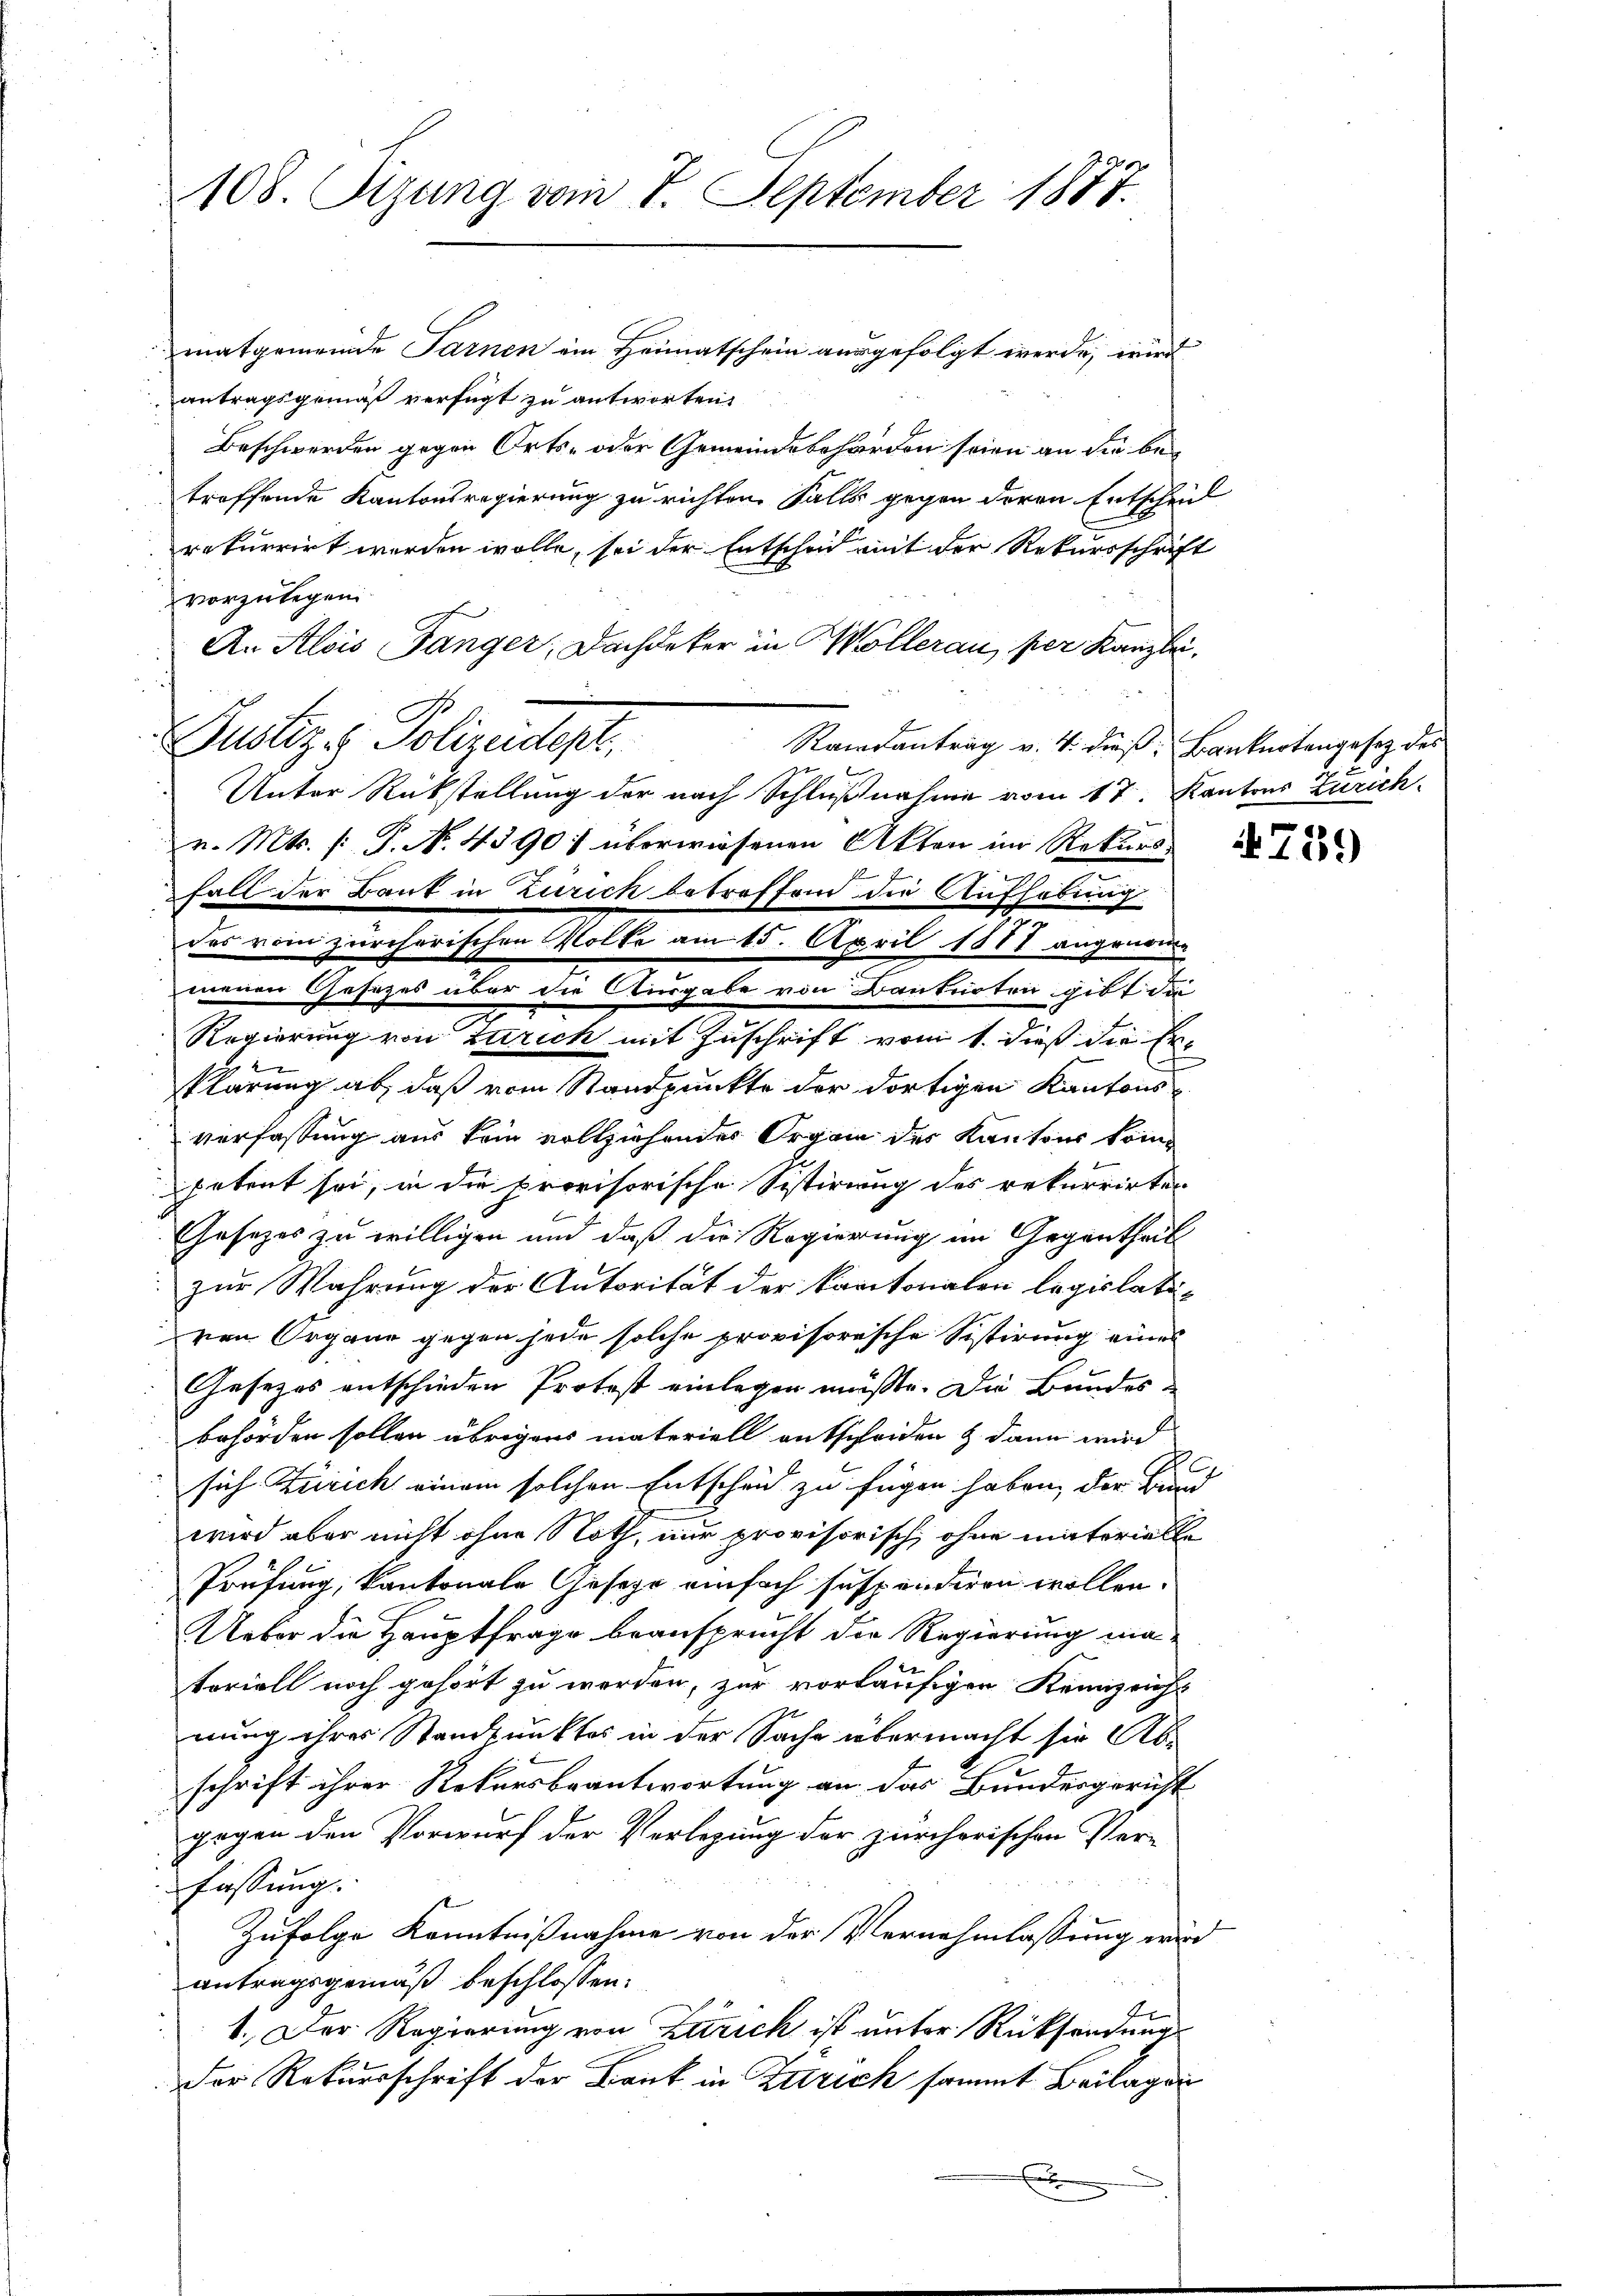
108. Sizung vom 7. September 1887.

des vom zürcherischen Volke am 15. April 1887 angenomme
menen Gesezes über die Ausgabe von Banknoten gibt die
Regierung von Zürich mit Zuschrift vom 1. dieß die Er¬

matgemeinde Farnen ein Heimatschein ausgefolgt werde, wird
antragsgemäß verfügt zu antworten.
Beschwerden gegen Orts- oder Gemeindebehörden seien an die betroffende Kantonsregierung zu richten Falls gegen deren Entscheid
rekurrirt worden wolle, sei der Entscheid mit der Rekursschrift
vorzulegen
An Alois Fänger, Dachdeker in Möllerau, per Kanzlei.
Justiz & Polizeidest.
Raisantrag v. 4. dieß, Banknotengesetz des
Unter Rückstellung der nach Schlußnahme vom 17. Kantons Zürich
v. Mts. (: P. NNo. 43901 überwiesenen Akten im Rekurs
fall der Bank in Zürich betreffend die Aufhebung
u
x
klärung ab, daß vom Standpunkte der dortigen Kantonsverfassung aus kein vollziehendes Organ des Kantons kompetent sei, in die provisorische Sistirung des rekurrirten
Gesetzes zu willigen und daß die Regierung im Gegentheil
 zur Wahrung der Autorität der kantonalen legislati-
von Organe gegen jede solche provisorische Sistirung eines
Gesezes entschieden Protost einlegen müßte. Die Bundesbehörden sollen übrigens materiell entsforden & dann wird
sich Zürich einem solchen Entscheid zu fügen haben, der Bund
wird aber nicht ohne Noth, nur provisorisch, ohne materielle
Prüfung, kantonale Geser einfach suspendiren wollen.
Ueber die Hauptfrage beansprucht die Regierung matoriell noch gehört zu werden, zur vorläufigen Kennzeicht
nung ihrer Standpunktes in der Sache übermacht sie Ab-
schrift ihrer Rekursbeantwortung an das Bundesgericht
gegen den Vorwurf der Verlegung der zürchorischen Ver-
fassung.
Zufolge Kenntnißnahme von der Vernehmlassung wird
antragsgemäß beschlossen:
1. Der Regierung von Zürich ist unter Rücksendung
Der Rekursschrift der Bank in Zutrich sammt Beilagen
.